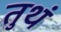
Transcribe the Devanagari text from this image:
तुथं